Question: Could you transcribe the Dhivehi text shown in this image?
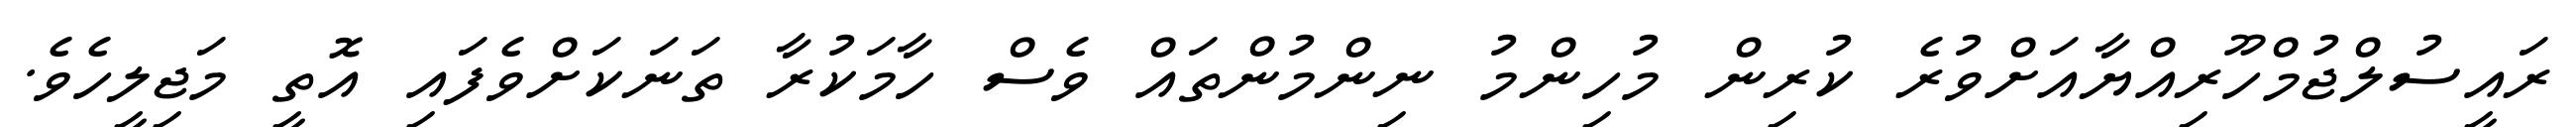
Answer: ރައީސުލްޖުމްހޫރިއްޔާއަށްވުރެ ކުރިން މުހިންމު ނިންމުންތައް ވެސް ހާމަކުރާ ތަނަކަށްވެފައި އޮތީ މަޖިލީހެވެ.